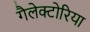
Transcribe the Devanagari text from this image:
गैलेक्टोरिया